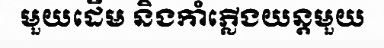
មួយដើម និងកាំភ្លើងយន្តមួយ